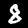
Digit: 8